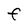
Character: F